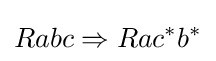
Rabc\Rightarrow Rac^{*}b^{*}